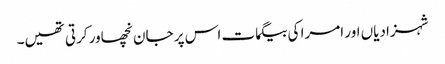
شہزادیاں اور امرا کی بیگمات اس پر جان نچھاور کرتی تھیں۔